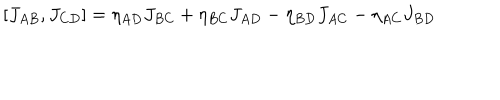
LaTeX: [ J _ { A B } , J _ { C D } ] = \eta _ { A D } J _ { B C } + \eta _ { B C } J _ { A D } - \eta _ { B D } J _ { A C } - \eta _ { A C } J _ { B D }